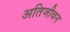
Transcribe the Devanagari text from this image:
अतिजीवन